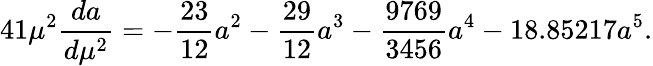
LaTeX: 41\mu^{2}\frac{da}{d\mu^{2}}=-\frac{23}{12}a^{2}-\frac{29}{12}a^{3}-\frac{9769}{3456}a^{4}-18.85217a^{5}.